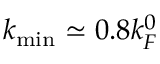
k _ { \mathrm { m i n } } \simeq 0 . 8 k _ { F } ^ { 0 }